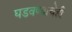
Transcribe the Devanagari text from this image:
घडवण्याचेही